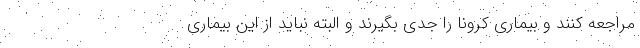
مراجعه کنند و بیماری کرونا را جدی بگیرند و البته نباید از این بیماری